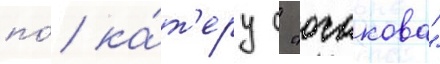
по́ ка́т'еру с "очакова"